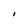
Character: I